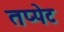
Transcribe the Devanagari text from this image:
तप्पेट